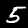
Digit: 5